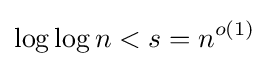
\log \log n<s=n^{o(1)}